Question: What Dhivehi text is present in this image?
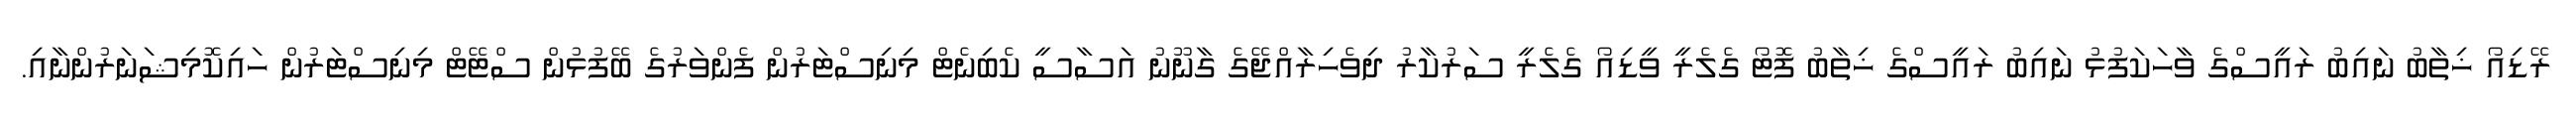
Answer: ރޭޑިއޯ ޚިތާބު ނައިބު ރައީސްގެ ވާހަކަފުޅު ނައިބު ރައީސްގެ ޚިތާބު ފޮޓޯ ގެލެރީ ވީޑިއޯ ގެލެރީ ސަރުކާރު ދިވެހިރާއްޖޭގެ ގާނޫނު އަސާސީ ކެބިނެޓް މިނިސްޓަރުން ފެންވަރުގެ ބޭފުޅުން ސްޓޭޓް މިނިސްޓަރުން ހައިކޮމިޝަނަރުންނާއި.